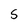
Character: S